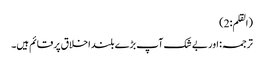
(القلم:2)
ترجمہ: اور بے شک آپ بڑے بلند اخلاق پر قائم ہیں۔